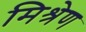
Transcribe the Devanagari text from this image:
मिश्रेण